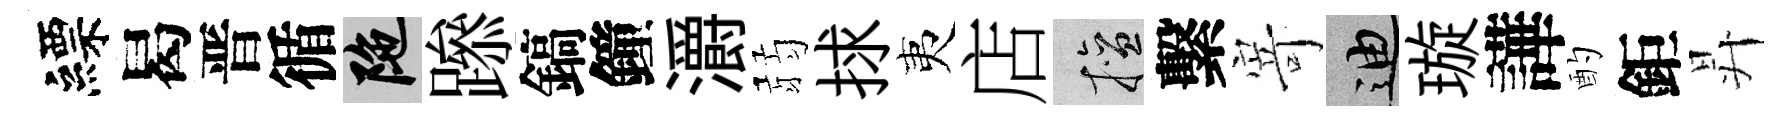
縹曷晋循陀𨅶鎬鐘灂弱捄夷店擅繫𭔃迪璇譁酌鉅昇